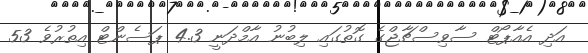
އަދި އެއާޕޯޓް ސާވިސްޗާޖްގެ ގޮތުގައި ލިބުނު އާމްދަނީ 4.3 ޕަސެންޓް އިތުރުވެ 53